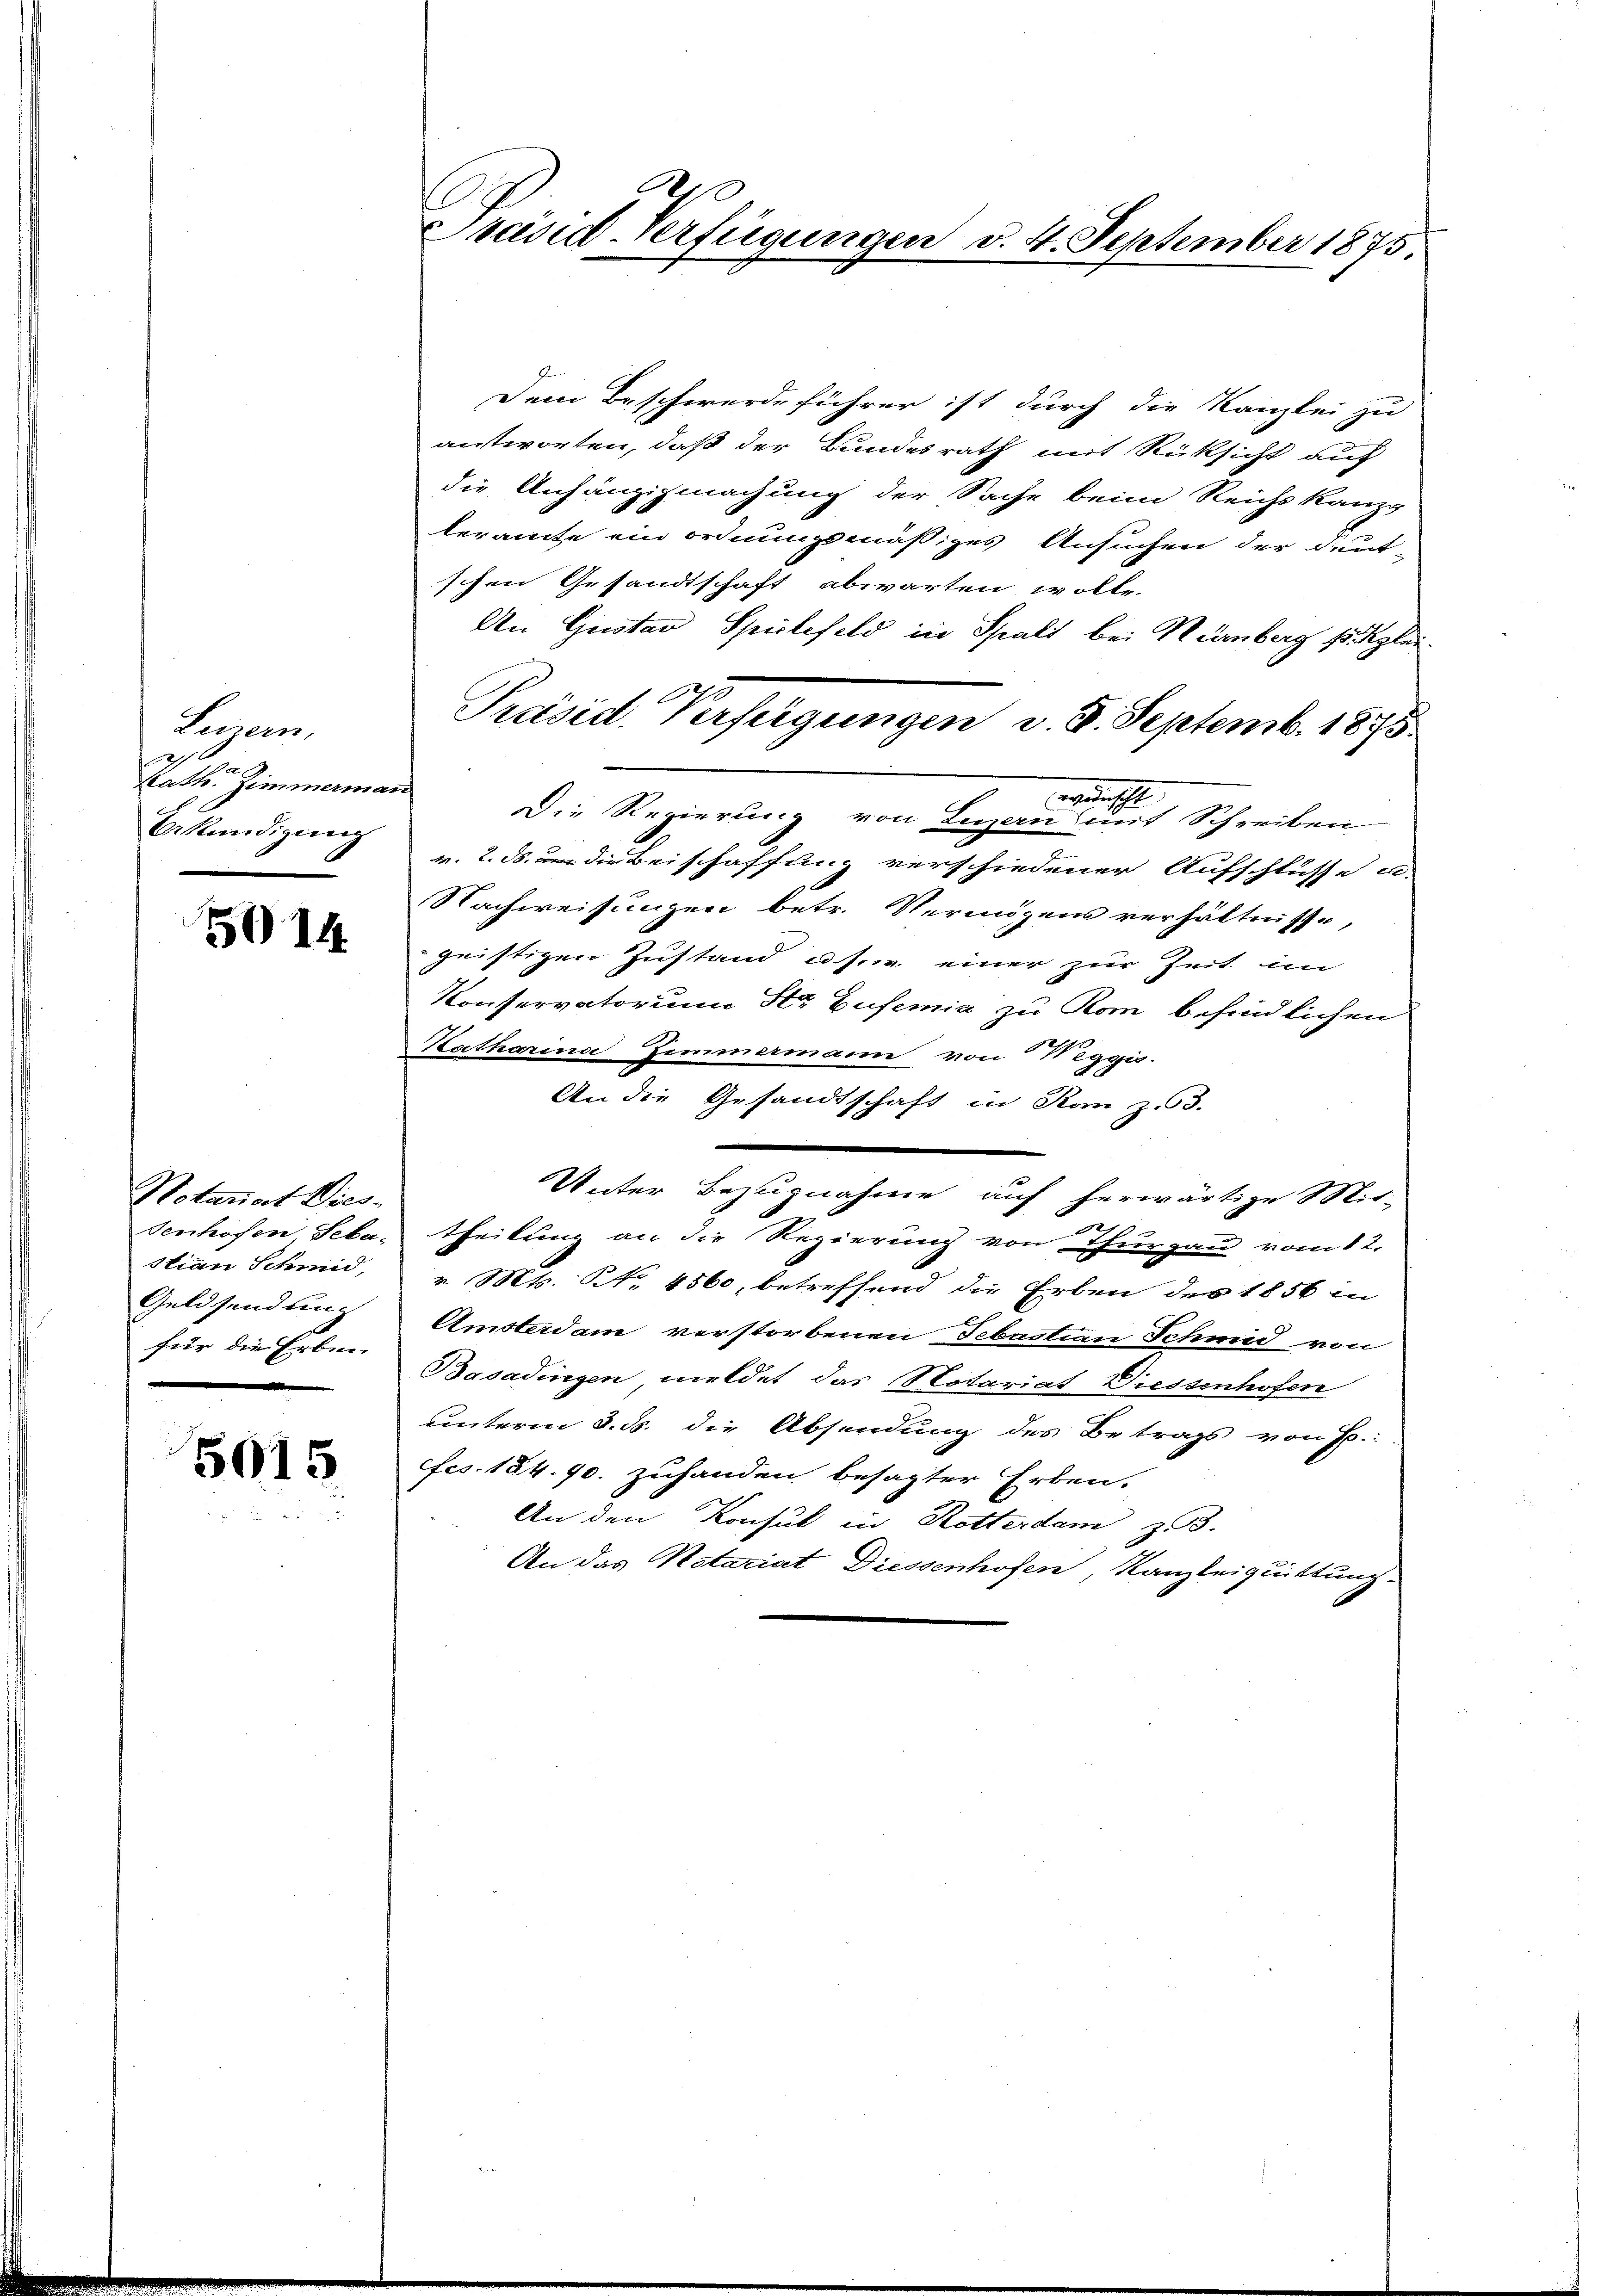
Luzern,
2
e
Kath. Zimmermar
Bekündigung

5014

Notariat Wies-
senhöfen Seba-
stian Schmid,
Geldsendling
für die Erben-

5015

.
Präsid-Verfügungen d. 4. September 1875

Dem Beschwerde führer ist durch die Kanzlei zu
antworten, daß der Bundesrath mit Rüksicht auf
die Anhängigmachung der Sache beim Reichskanzp
leramte ein ordnungsmäßiges Ansuchen der deut-
schen Gesandtschaft abwarten wolle.
An Gustav Spielefeld in Spalt bei Nürnberg s. Klei¬
Präsid. Verfügungen v. 8. Septemb. 1875.
wunscht
Die Regierung von Luzern mit Schreiben
v. 2. ds. um die Beischaffung verschiedener Aufschlüsse u.
Nachweisungen betr. Vermögens verhältnisse,
geistigen Zustand u. s. w. einer zur Zeit im
Konservatorium Str. Eufemia zu Rom befindlichen
Katharina Zimmermann von Weggis.
An die Gesandtschaft in Kan z. 63.
e
Unter Bezugnahme auf herwärtige Mit-
theilung an die Regierung von Thurgau vom 12.
v. Mts. Nr. 4560, betreffend die Erben des 1856 in
Amsterdam verstorbenen Sebastian Schmid von
Basadingen meldet das Notariat Diessenhofen
unterm 8. ds. die Absendung des Betrags von E.:
fes. 184. 40. zuhanden besagter Erben.
An den Konsul in Rotterdam zu 3.
An das Notariat Diessenhofen, Kanzleiquittung